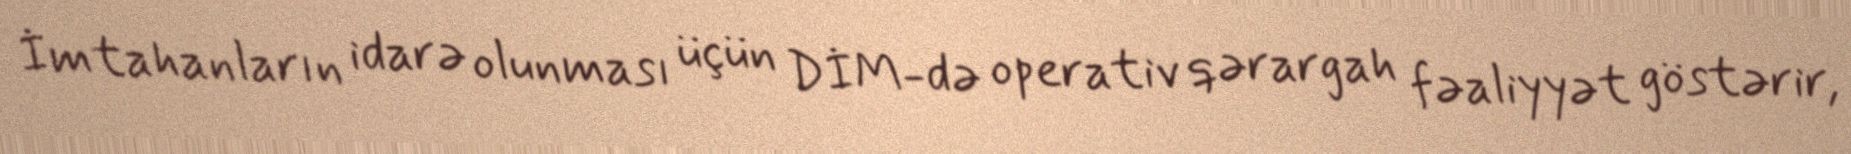
İmtahanların idarə olunması üçün DİM-də operativ qərargah fəaliyyət göstərir,